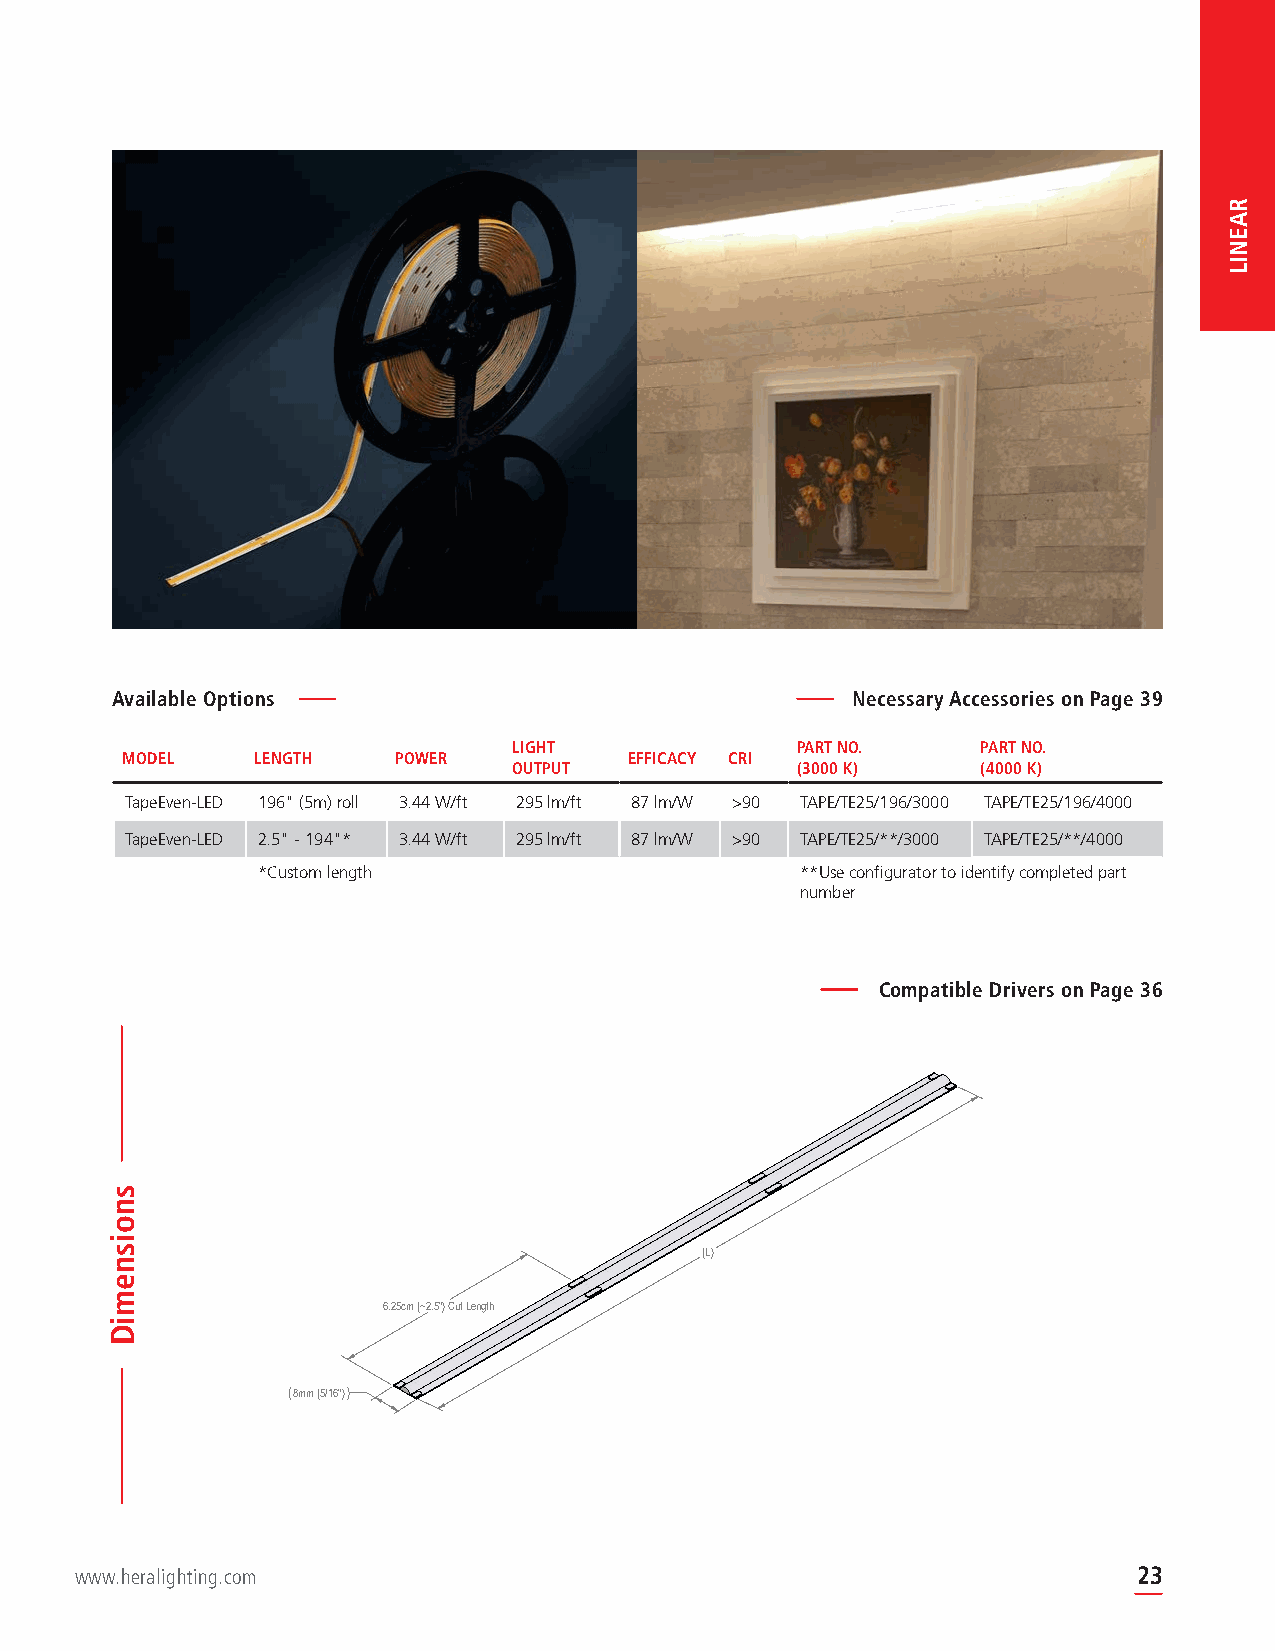
Available Options                                Necessary Accessories on Page 39
 LIGHT              PART NO.    PART NO.
 MODEL    LENGTH   POWER           EFFICACY CRI
 OUTPUT             (3000 K)    (4000 K)
 TapeEven-LED 196" (5m) roll 3.44 W/ft 295 lm/ft 87 lm/W >90 TAPE/TE25/196/3000 TAPE/TE25/196/4000
 TapeEven-LED 2.5" - 194"* 3.44 W/ft 295 lm/ft 87 lm/W >90 TAPE/TE25/**/3000 TAPE/TE25/**/4000
 *Custom length                      **Use configurator to identify completed part
 number
 Compatible Drivers on Page 36
 (L)
 6.25cm (~2.5") Cut Length
 Size Length (L) Lumen Power
 8mm (5/16")
 Segment 6.25cm (~2.5") 59 0.7W
 "per Foot" 31.25cm (~12") 295 3.4W
 Reel 5m (196-7/8") 4720 55W
 PROPRIETARY AND CONFIDENTIAL DIMENSIONS ARE IN INCHES HERA LIGHTING LP
 APT R WNHINO LYE ARI P GT ISI R TNHE TE HARFI EPS TO T N R IWYD N R O PR GHOM EDA O F RA LUW ML PHT CE IIE IION SSTWRI S G ON PA IIORT NCI HLS ONI OGO IT N HOH UHN I BPE FTTT I A I TAS TN HEO HRI EG DN TERL .E OE ALD P R . THRTU W EON EOL N PE E P LS T AS LPO A CLO AL A C EET NC H ER ( G XEE A ( R X U.N ( XW .X LX XC A. X XXIS E R) ))E S == == S A P RE EC 10 0 0: °. . .I 1 0 0F 1 0IE 1D, W DESW CRW IPT. IH OE NRALIG TH aTIN pG e.C EO vM en3 N -0 LO2 ER5 D CB RU 2OS 5IN S 6SE 0,S GS APA 3R 0K 0 7D 1R.
 DO NOT SCALE DRAWING
 www.heralighting.com                            ASIZE DWG. FILE TN AAM PE EEVEN-LED 2560_2021-09-10 RAEV. 23
 DRAWN MCF 9/10/2021 THIRD ANGLE PROJECTION SCALE: 1.5:1 SHEET 1 OF 1
 snoisnemiD
 RAENIL